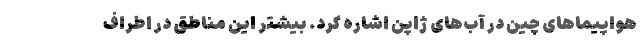
هواپیماهای چین در آب‌های ژاپن اشاره کرد. بیشتر این مناطق در اطراف